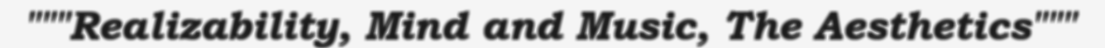
"""Realizability, Mind and Music, The Aesthetics"""